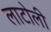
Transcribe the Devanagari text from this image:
लाटोली